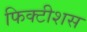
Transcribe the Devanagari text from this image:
फिक्टीशस